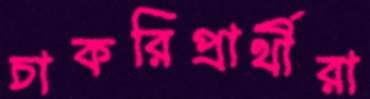
চাকরিপ্রার্থীরা